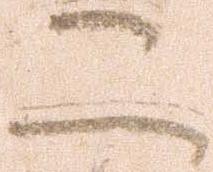
二